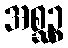
အစ္ဆဉ္စ